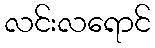
လင်းလရောင်